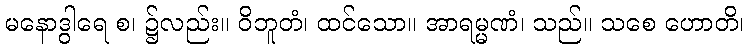
မနောဒွါရေ စ၊ ၌လည်း။ ဝိဘူတံ၊ ထင်သော။ အာရမ္မဏံ၊ သည်။ သစေ ဟောတိ၊